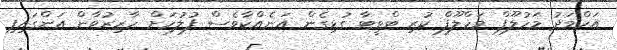
އަހްމަދު މަހުލޫފް މަހްލޫފް ކުރި ޓްވީޓާ ގުޅިގެން އަނެއްކާވެސް ފުލުހަށް ހާޒިރުވާން އަންގައިފި